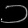
Digit: ၁